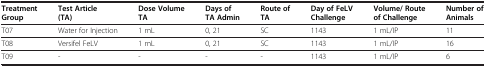
| Treatment Group | Test Article (TA) | Dose Volume TA | Days of TA Admin | Route of TA | Day of FeLV Challenge | Volume/ Route of Challenge | Number of Animals |
 | --- | --- | --- | --- | --- | --- | --- | --- |
 | T07 | Water for Injection | 1 mL | 0, 21 | SC | 1143 | 1 mL/IP | 11 |
 | T08 | Versifel FeLV | 1 mL | 0, 21 | SC | 1143 | 1 mL/IP | 16 |
 | T09 | - | - | - | - | 1143 | 1 mL/IP | 6 |